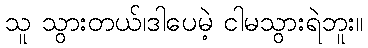
သူ သွားတယ်၊ဒါပေမဲ့ ငါမသွားရဲဘူး။